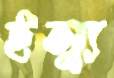
ইস্যু